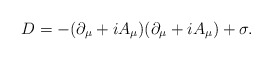
\begin{align*}D=-(\partial_\mu+iA_\mu)(\partial_\mu + iA_\mu)+\sigma.\end{align*}